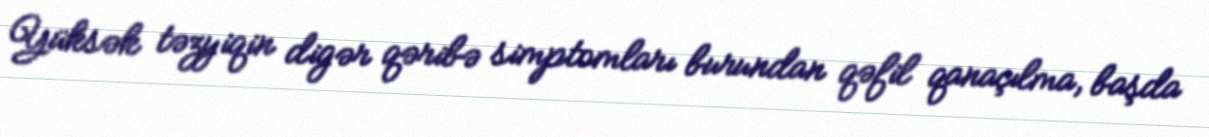
Yüksək təzyiqin digər qəribə simptomları burundan qəfil qanaçılma, başda